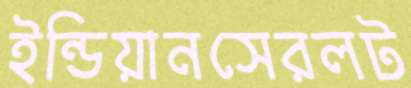
ইন্ডিয়ানসেরলট